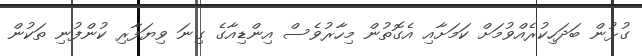
ގުޅުން ބަދަހިކުރެއްވުމަށް ކަމަށާއި އެގޮތުން މިހާރުވެސް އިންޑިއާގެ ގިނަ ވިޔަފާރި ކުންފުނި ތަކުން